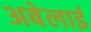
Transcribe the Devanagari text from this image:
अबेलाई